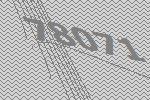
78071